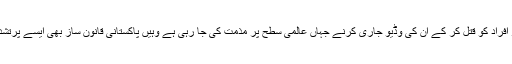
اسلام آباد — شدت پسند تنظیم ’داعش‘ کی طرف سے اردن کے پائلٹ سمیت دیگر افراد کو قتل کر کے ان کی وڈیو جاری کرنے جہاں عالمی سطح پر مذمت کی جا رہی ہے وہیں پاکستانی قانون ساز بھی ایسے پرتشدد اقدامات کو اسلام کا تشخص خراب کرنے کی مذموم کوشش قرار دے رہے ہیں۔